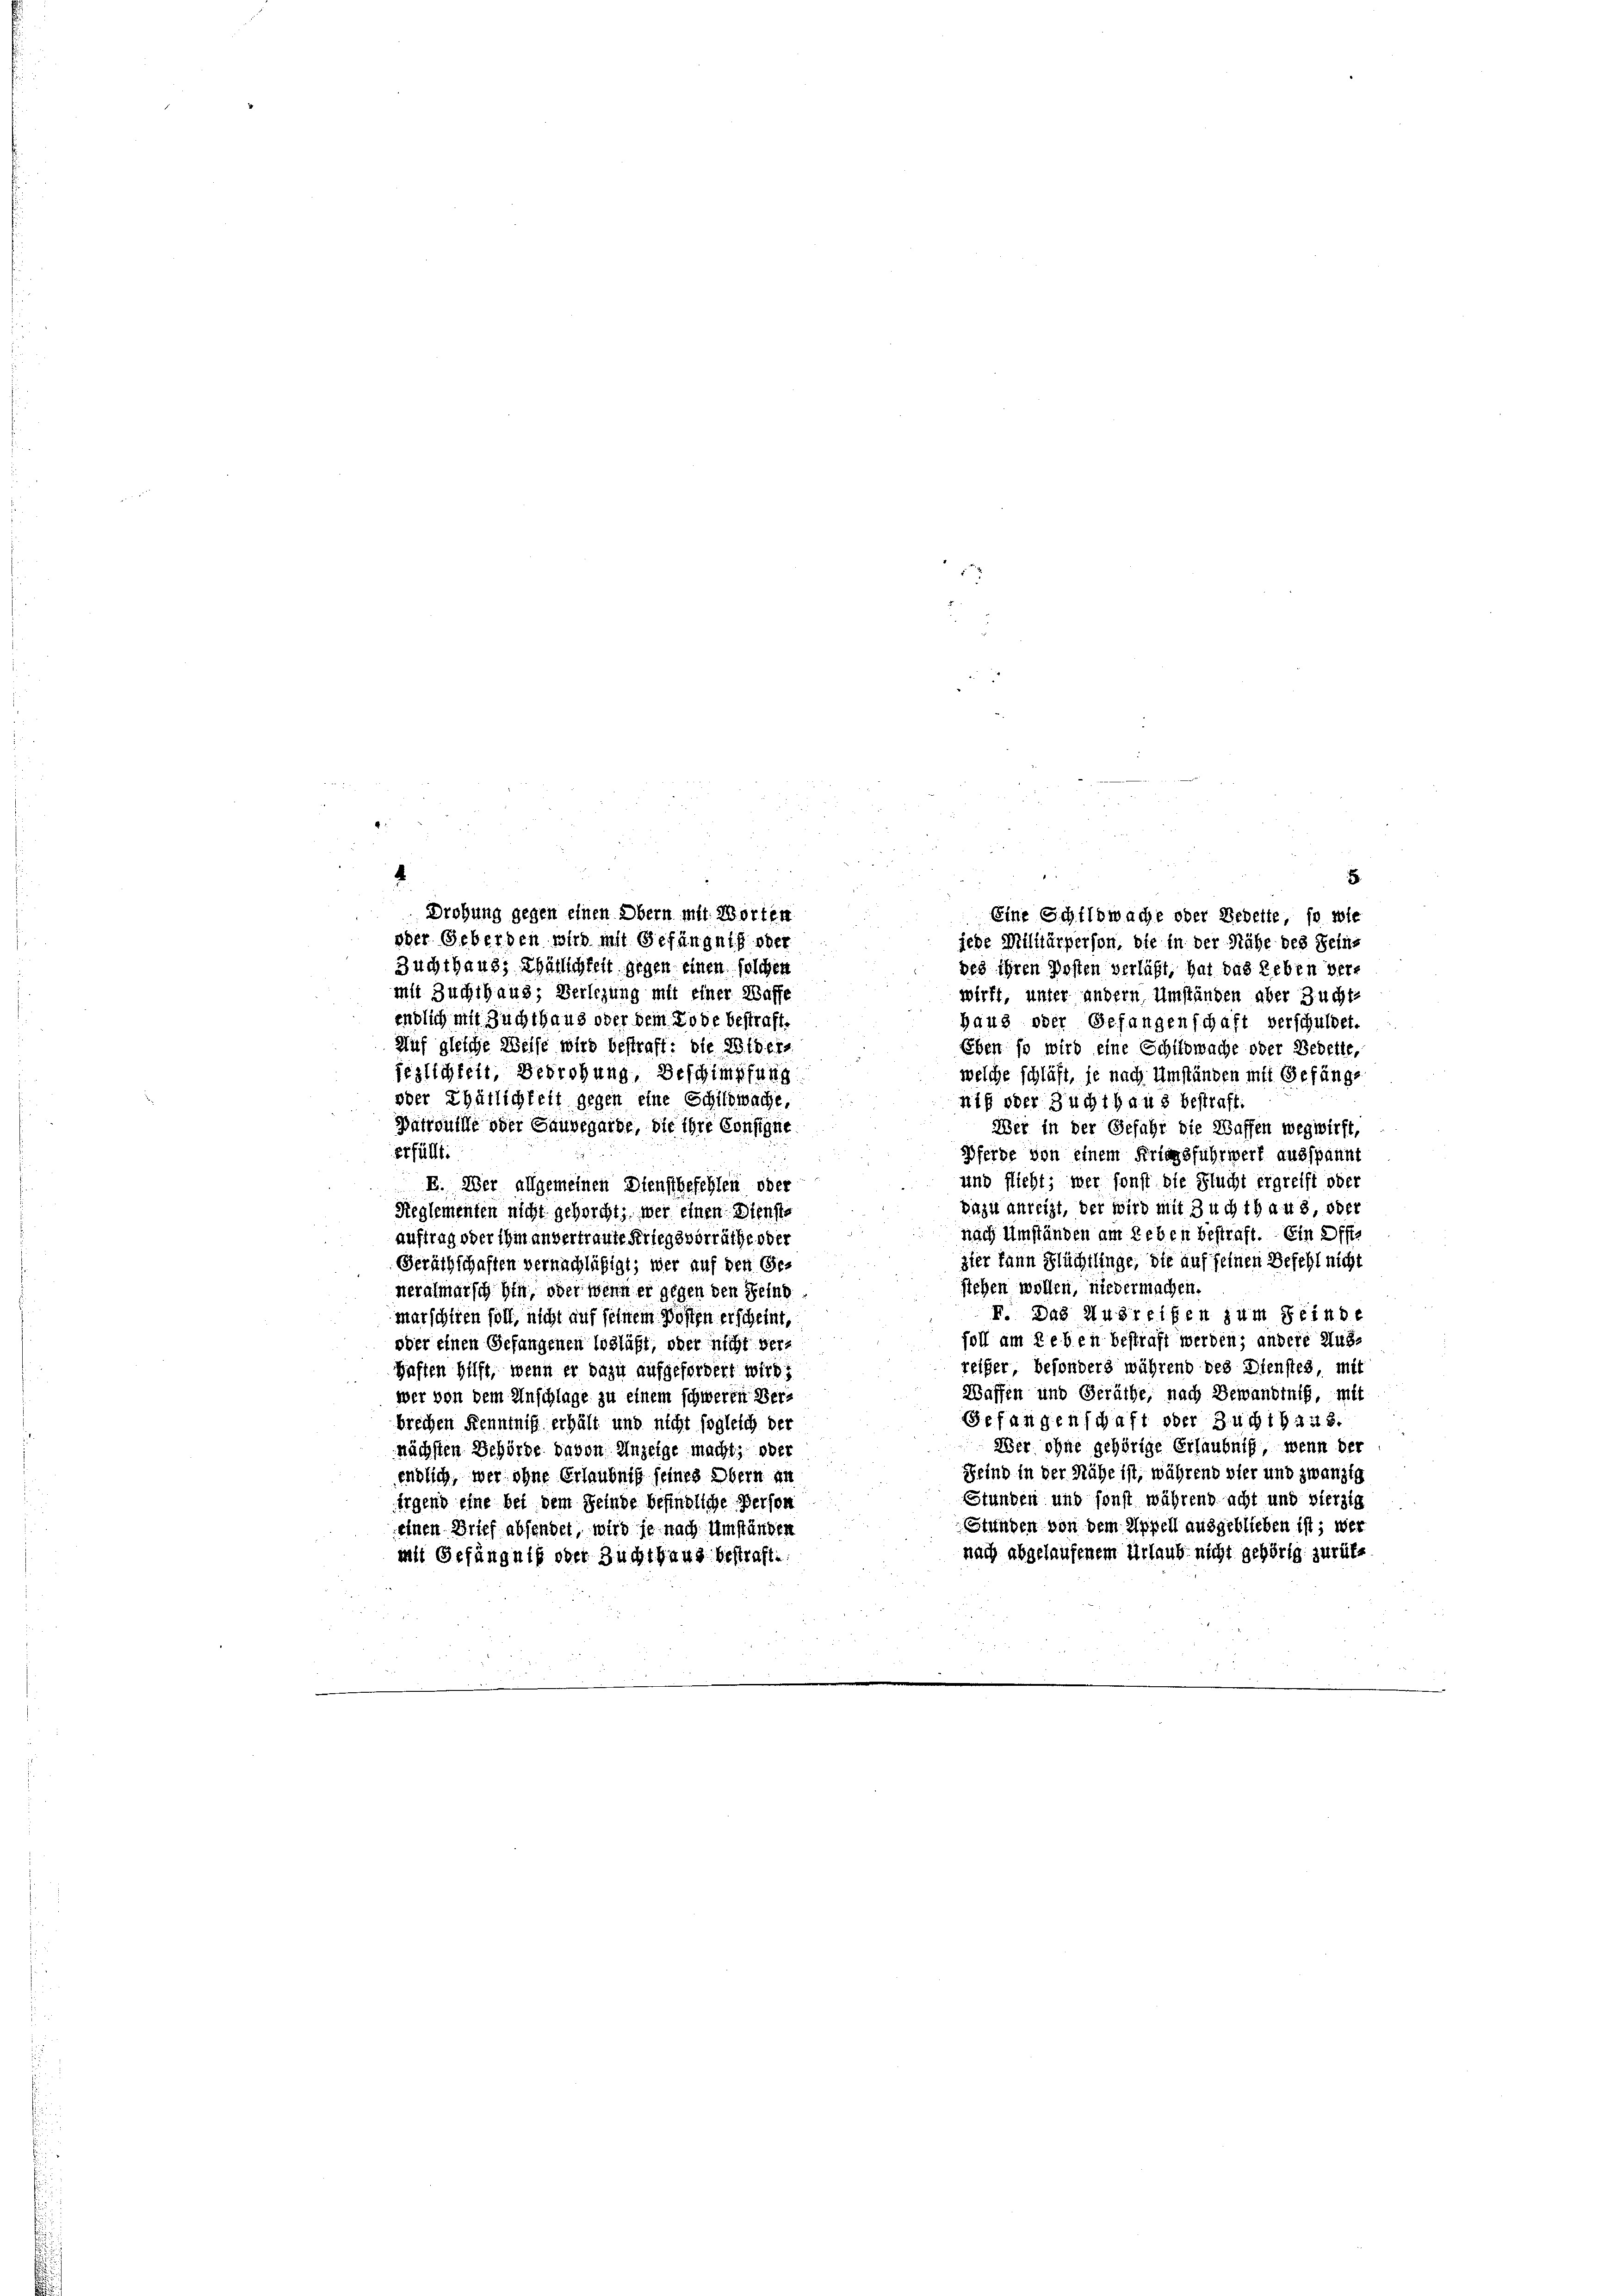
u
5.
5
r
Drohung gegen einen Obern mit Worten
Eine Schildwache oder Bebette, so wie
oder Geberden wird mit Gefängniß oder
jede Militärperson, die in der Nähe des Seins
Zuchthaus; Thätlichkeit gegen einen solchen
bes ihren Posten verläßt, hat das Leben ver-
mit Zuchthaus; Verlegung mit einer Waffe
wirft, unter andern, Umständen aber Zuchte
endlich mit Zuchthaus oder dem Tode bestraft.
haus oder Gefangenschaft verschuldet.
Auf gleiche Weise wird bestraff: die Widers
Eben so wird eine Schildwache oder Bedeute,
feslichkeit, Berrohung, Beschimpfung
welche schläft, je nach Umständen mit Gefänge
oder Thätlichteit gegen eine Schildwache,
niß oder Zuchthaus bestraft.
i
Patrouille oder Gauvegarde, die ihre Consigne
Wer in der Gefahr die Waffen wegwirft,
erfüllt:
Pferde von einem Kriegsfuhrwerk ausspannt
und flieht; wer sonst die Flucht ergreift oder
E. Wer allgemeinen Dienstbefehlen oder
bazit anreizt, der wird mit Zuchthaus, oder
Reglementen nicht gehorcht; wer einen Dienste
nach Umständen am Leben bestraft. Ein Offe
auftrag oder ihm anvertraute Kriegsvorräthe oder
zier kann Flüchtlinge, die auf seinen Befehl nicht
Geräthschaften vernachläßigt; wer auf den Gesiehen wollen, niedermachen.
neralmarsich hin, oder wenn er gegen den Feind
F. Das Ausreifen zum Reinbe
marschiren soll, nicht auf seinem Posten erscheint,
foll am Leben bestraft werden; andere Aus¬
oder einen Gefangenen Todläßt, oder nicht verreifer besonders während des Dienstes, mit
Haften hilft, wenn er dazu aufgefordert wird?
Waffen und Geräthe, nach Bewandtnis, mit
wer von dem Anschlage zu einem schweren Ber-
Gefangenschaft oder Zuchthaus.
brechen Kenntniß erhält und nicht sogleich der
Wer ohne gehörige Erlaubnis, wenn der
nächsten Behörde davon Anzeige macht, oder
Feind in der Nähe ist, während vier und zwanzig
endlich, wer ohne Erlaubniß seines Obern an
Stunden und sonst während acht und vierzig
irgend eine bei dem Reinde befindliche Person
Stunden von dem Appell ausgeblieben ist; wer
einen Brief absendet, wird je nach Umständen
nach abgelaufenem Urlaub nicht gehörig zurükait Gefängniß oder Zuchthaus bestraft.